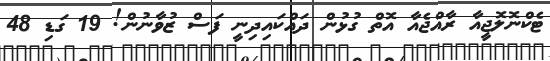
ޓެކްނޮލޮޖީއާ ރާއްޖެއާ އޮތް ގުޅުން ދައްކައިދިނީ ފަސް ޒުވާނުން! 19 ގަޑި 48